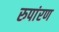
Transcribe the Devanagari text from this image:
रुपांरण